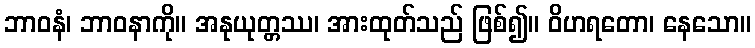
ဘာဝနံ၊ ဘာဝနာကို။ အနုယုတ္တဿ၊ အားထုတ်သည် ဖြစ်၍။ ဝိဟရတော၊ နေသော။